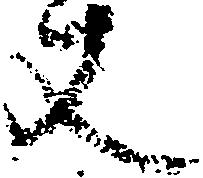
丈